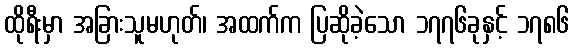
ထိုရီးမှာ အခြားသူမဟုတ်၊ အထက်က ပြဆိုခဲ့သော ၁၇၇၆ခုနှင့် ၁၇၈၆